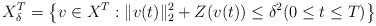
LaTeX: \begin{align*}X_{\delta}^T = \left\{ v \in X^T :\| v(t) \|_2^2 + Z(v(t)) \leq \delta^2 (0 \leq t \leq T) \right\}\end{align*}